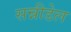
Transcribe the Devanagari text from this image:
सन्नीडेल